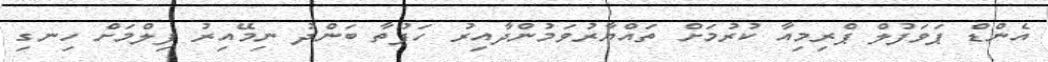
އެންޑް ޕަވަފުލް ޕްރިމިއާ ކުރުމަށް ތައްޔާރުވަމުންދާއިރު ހަފުތާ ބަންދު ނިމޭއިރު ފިލްމަށް ހިނގި